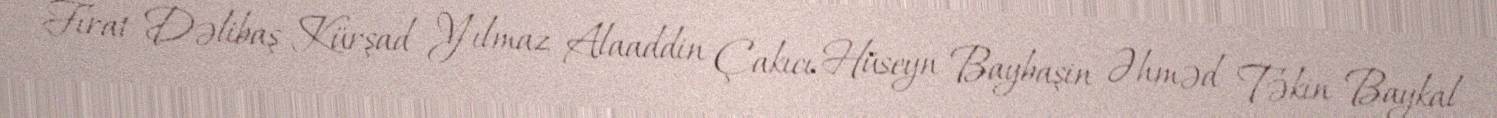
Fırat Dəlibaş Kürşad Yılmaz Alaaddin Çakıcı Hüseyn Baybaşin Əhməd Təkin Baykal